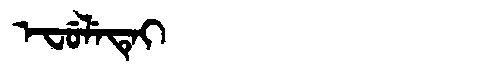
Manchu: ᡝᠸᡠᠯᡝᡨᡝᡳ
Romanization: EFULETEI